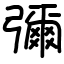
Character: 彌